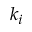
k _ { i }